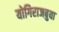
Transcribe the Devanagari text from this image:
योगिराजबुवा